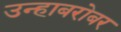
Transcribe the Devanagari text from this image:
उन्हाबरोबर